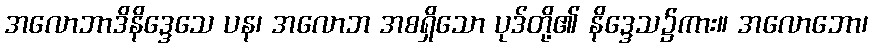
အလောဘာဒိနိဒ္ဒေသေ ပန၊ အလောဘ အစရှိသော ပုဒ်တို့၏ နိဒ္ဒေသ၌ကား။ အလောဘော၊